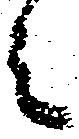
ミ